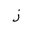
Letter: _zay